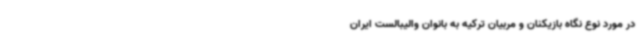
در مورد نوع نگاه بازیکنان و مربیان ترکیه به بانوان والیبالست ایران